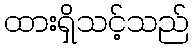
ထားရှိသင့်သည်